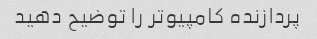
پردازنده کامپیوتر را توضیح دهید